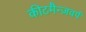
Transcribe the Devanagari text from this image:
कीटमैन्ज़वर्प